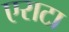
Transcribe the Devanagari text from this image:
एराटा